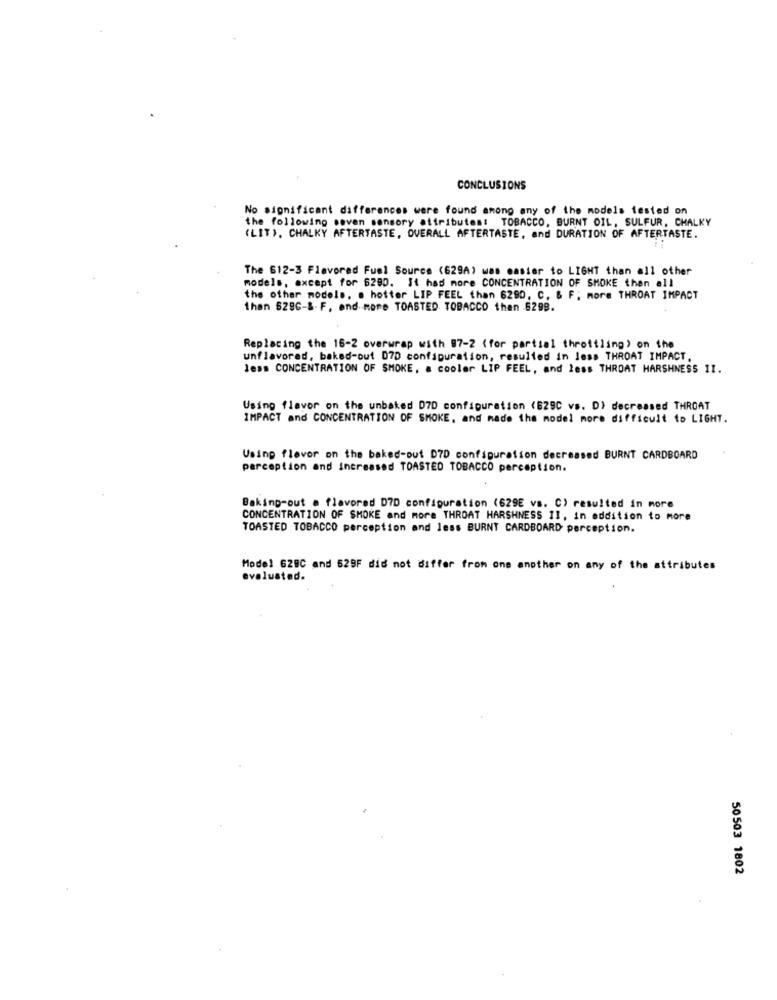
CONCLUSIONS
No significant differences were found among any of the models tested on
the following seven sensory attributes: TOBACCO, BURNT OIL, SULFUR, CHALKY
(LIT), CHALKY AFTERTASTE, OVERALL AFTERTASTE, and DURATION OF AFTERTASTE.
The 612-3 Flavored Fuel Source (629A) was easier to LIGHT than all other
models, except for 6280. It has more CONCENTRATION OF SMOKE then all
the other models, . hotter LIP FEEL than 6290, C. & F ; more THROAT IMPACT
than 529C-&- F, and more TOASTED TOBACCO then 6298.
Replacing the 16-2 overwrap with 97-2 (for partial throttling) on the
unflavored, baked-out D7D configuration, resulted in less THROAT IMPACT.
less CONCENTRATION OF SMOKE, a cooler LIP FEEL, and less THROAT HARSHNESS 11.
Using flavor on the unbaked 070 configuration (629C vs. D) decreased THROAT
IMPACT and CONCENTRATION OF SMOKE, and made the model more difficult to LIGHT.
Using flevor on the baked-out D7D configuration decreased BURNT CARDBOARD
perception and increased TOASTED TOBACCO perception.
Baking-out a flavored D7D configuration (629E vs. C) resulted in more
CONCENTRATION OF SMOKE and more THROAT HARSHNESS II, in addition to more
TOASTED TOBACCO perception and less BURNT CARDBOARD perception.
Model 628C and 629F did not differ from one another on any of the attributes
evaluated.
50503 1802